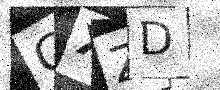
Text: GXZD